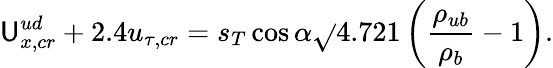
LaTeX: \mathsf{U}_{x,cr}^{ud}+2.4u_{\tau,cr}=s_{T}\cos\alpha\sqrt{}{{4.721\left(\frac{{\rho_{ub}}}{{\rho_{b}}}-1\right)}}.